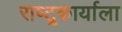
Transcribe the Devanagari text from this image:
राष्ट्र्कार्याला